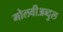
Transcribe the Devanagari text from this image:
मोलवीअब्दुल